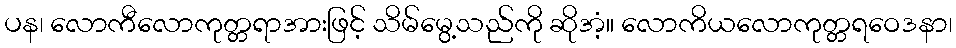
ပန၊ လောကီလောကုတ္တရာအားဖြင့် သိမ်မွေ့သည်ကို ဆိုအံ့။ လောကိယလောကုတ္တရဝေဒနာ၊